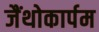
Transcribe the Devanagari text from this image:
जैंथोकार्पम